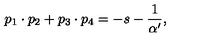
p _ { 1 } \cdot p _ { 2 } + p _ { 3 } \cdot p _ { 4 } = - s - \frac { 1 } { \alpha ^ { \prime } } ,